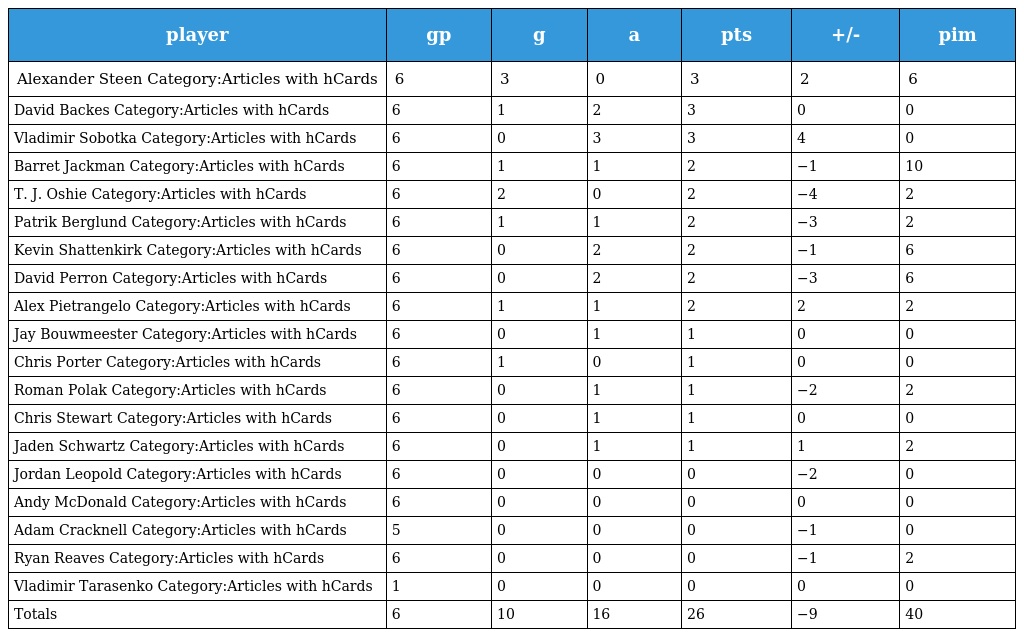
| player | gp | g | a | pts | +/- | pim |
 | --- | --- | --- | --- | --- | --- | --- |
 | Alexander Steen Category:Articles with hCards | 6 | 3 | 0 | 3 | 2 | 6 |
 | David Backes Category:Articles with hCards | 6 | 1 | 2 | 3 | 0 | 0 |
 | Vladimir Sobotka Category:Articles with hCards | 6 | 0 | 3 | 3 | 4 | 0 |
 | Barret Jackman Category:Articles with hCards | 6 | 1 | 1 | 2 | −1 | 10 |
 | T. J. Oshie Category:Articles with hCards | 6 | 2 | 0 | 2 | −4 | 2 |
 | Patrik Berglund Category:Articles with hCards | 6 | 1 | 1 | 2 | −3 | 2 |
 | Kevin Shattenkirk Category:Articles with hCards | 6 | 0 | 2 | 2 | −1 | 6 |
 | David Perron Category:Articles with hCards | 6 | 0 | 2 | 2 | −3 | 6 |
 | Alex Pietrangelo Category:Articles with hCards | 6 | 1 | 1 | 2 | 2 | 2 |
 | Jay Bouwmeester Category:Articles with hCards | 6 | 0 | 1 | 1 | 0 | 0 |
 | Chris Porter Category:Articles with hCards | 6 | 1 | 0 | 1 | 0 | 0 |
 | Roman Polak Category:Articles with hCards | 6 | 0 | 1 | 1 | −2 | 2 |
 | Chris Stewart Category:Articles with hCards | 6 | 0 | 1 | 1 | 0 | 0 |
 | Jaden Schwartz Category:Articles with hCards | 6 | 0 | 1 | 1 | 1 | 2 |
 | Jordan Leopold Category:Articles with hCards | 6 | 0 | 0 | 0 | −2 | 0 |
 | Andy McDonald Category:Articles with hCards | 6 | 0 | 0 | 0 | 0 | 0 |
 | Adam Cracknell Category:Articles with hCards | 5 | 0 | 0 | 0 | −1 | 0 |
 | Ryan Reaves Category:Articles with hCards | 6 | 0 | 0 | 0 | −1 | 2 |
 | Vladimir Tarasenko Category:Articles with hCards | 1 | 0 | 0 | 0 | 0 | 0 |
 | Totals | 6 | 10 | 16 | 26 | −9 | 40 |